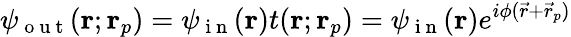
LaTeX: \psi_{\mathrm{~o~u~t~}}(\mathbf{r};\mathbf{r}_{p})=\psi_{\mathrm{~i~n~}}(\mathbf{r})t(\mathbf{r};\mathbf{r}_{p})=\psi_{\mathrm{~i~n~}}(\mathbf{r})e^{i\phi(\vec{r}+\vec{r}_{p})}